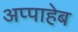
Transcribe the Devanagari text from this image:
अप्पाहेब